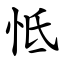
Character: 怟